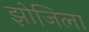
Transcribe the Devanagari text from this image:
झोजिला